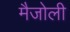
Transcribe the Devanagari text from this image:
मैजोली